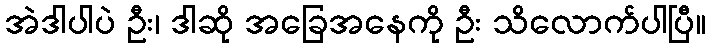
အဲဒါပါပဲ ဦး၊ ဒါဆို အခြေအနေကို ဦး သိလောက်ပါပြီ။